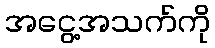
အငွေ့အသက်ကို